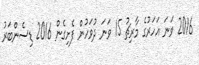
2016 ވަނަ އަހަރުގެ މާރިޗު 15 ވަނަ ދުވަހުން ފެށިގެން 2016 ޑިސެންބަރު